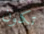
تكون